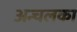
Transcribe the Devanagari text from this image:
अन्चलका